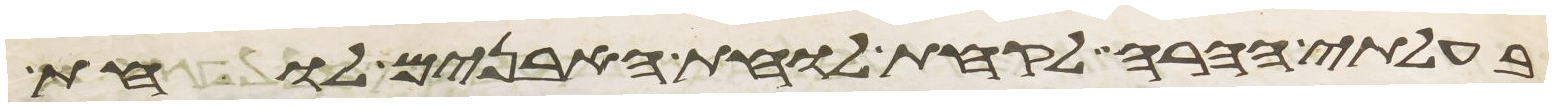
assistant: בעלותי ההרה לקחת לוחות האבנים לוחת